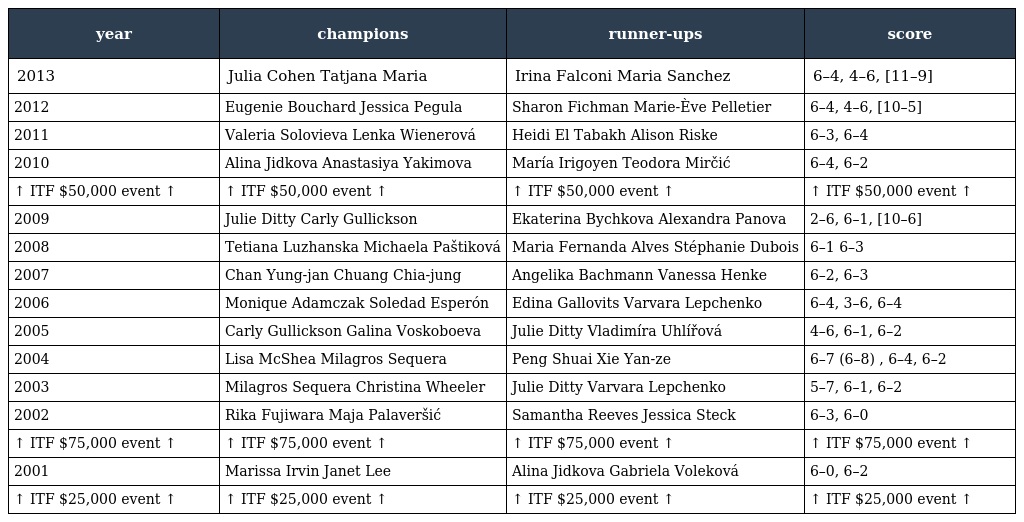
| year | champions | runner-ups | score |
 | --- | --- | --- | --- |
 | 2013 | Julia Cohen Tatjana Maria | Irina Falconi Maria Sanchez | 6–4, 4–6, [11–9] |
 | 2012 | Eugenie Bouchard Jessica Pegula | Sharon Fichman Marie-Ève Pelletier | 6–4, 4–6, [10–5] |
 | 2011 | Valeria Solovieva Lenka Wienerová | Heidi El Tabakh Alison Riske | 6–3, 6–4 |
 | 2010 | Alina Jidkova Anastasiya Yakimova | María Irigoyen Teodora Mirčić | 6–4, 6–2 |
 | ↑ ITF $50,000 event ↑ | ↑ ITF $50,000 event ↑ | ↑ ITF $50,000 event ↑ | ↑ ITF $50,000 event ↑ |
 | 2009 | Julie Ditty Carly Gullickson | Ekaterina Bychkova Alexandra Panova | 2–6, 6–1, [10–6] |
 | 2008 | Tetiana Luzhanska Michaela Paštiková | Maria Fernanda Alves Stéphanie Dubois | 6–1 6–3 |
 | 2007 | Chan Yung-jan Chuang Chia-jung | Angelika Bachmann Vanessa Henke | 6–2, 6–3 |
 | 2006 | Monique Adamczak Soledad Esperón | Edina Gallovits Varvara Lepchenko | 6–4, 3–6, 6–4 |
 | 2005 | Carly Gullickson Galina Voskoboeva | Julie Ditty Vladimíra Uhlířová | 4–6, 6–1, 6–2 |
 | 2004 | Lisa McShea Milagros Sequera | Peng Shuai Xie Yan-ze | 6–7 (6–8) , 6–4, 6–2 |
 | 2003 | Milagros Sequera Christina Wheeler | Julie Ditty Varvara Lepchenko | 5–7, 6–1, 6–2 |
 | 2002 | Rika Fujiwara Maja Palaveršić | Samantha Reeves Jessica Steck | 6–3, 6–0 |
 | ↑ ITF $75,000 event ↑ | ↑ ITF $75,000 event ↑ | ↑ ITF $75,000 event ↑ | ↑ ITF $75,000 event ↑ |
 | 2001 | Marissa Irvin Janet Lee | Alina Jidkova Gabriela Voleková | 6–0, 6–2 |
 | ↑ ITF $25,000 event ↑ | ↑ ITF $25,000 event ↑ | ↑ ITF $25,000 event ↑ | ↑ ITF $25,000 event ↑ |